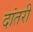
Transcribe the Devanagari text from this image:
दांतरी